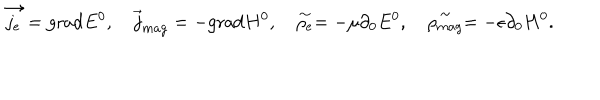
\overrightarrow { j _ { e } } = \mathrm { g r a d } E ^ { 0 } , \quad \overrightarrow { j } _ { m a g } = - \mathrm { g r a d } H ^ { 0 } , \quad \stackrel { \sim } { \rho _ { e } } = - \mu \partial _ { 0 } E ^ { 0 } , \quad \stackrel { \sim } { \rho _ { m a g } } = - \epsilon \partial _ { 0 } H ^ { 0 } .